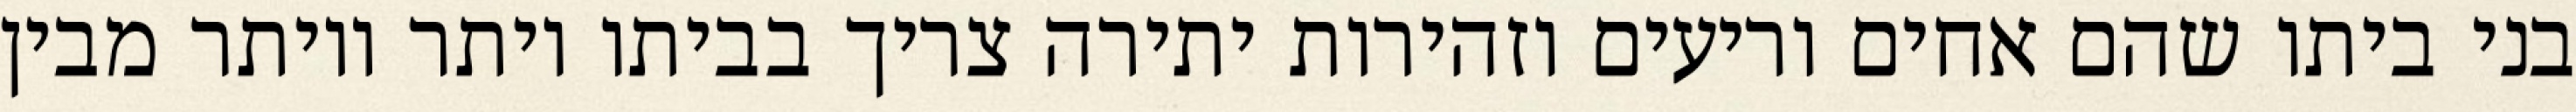
בני ביתו שהם אחים וריעים וזהירות יתירה צריך בביתו יותר ויותר מבין